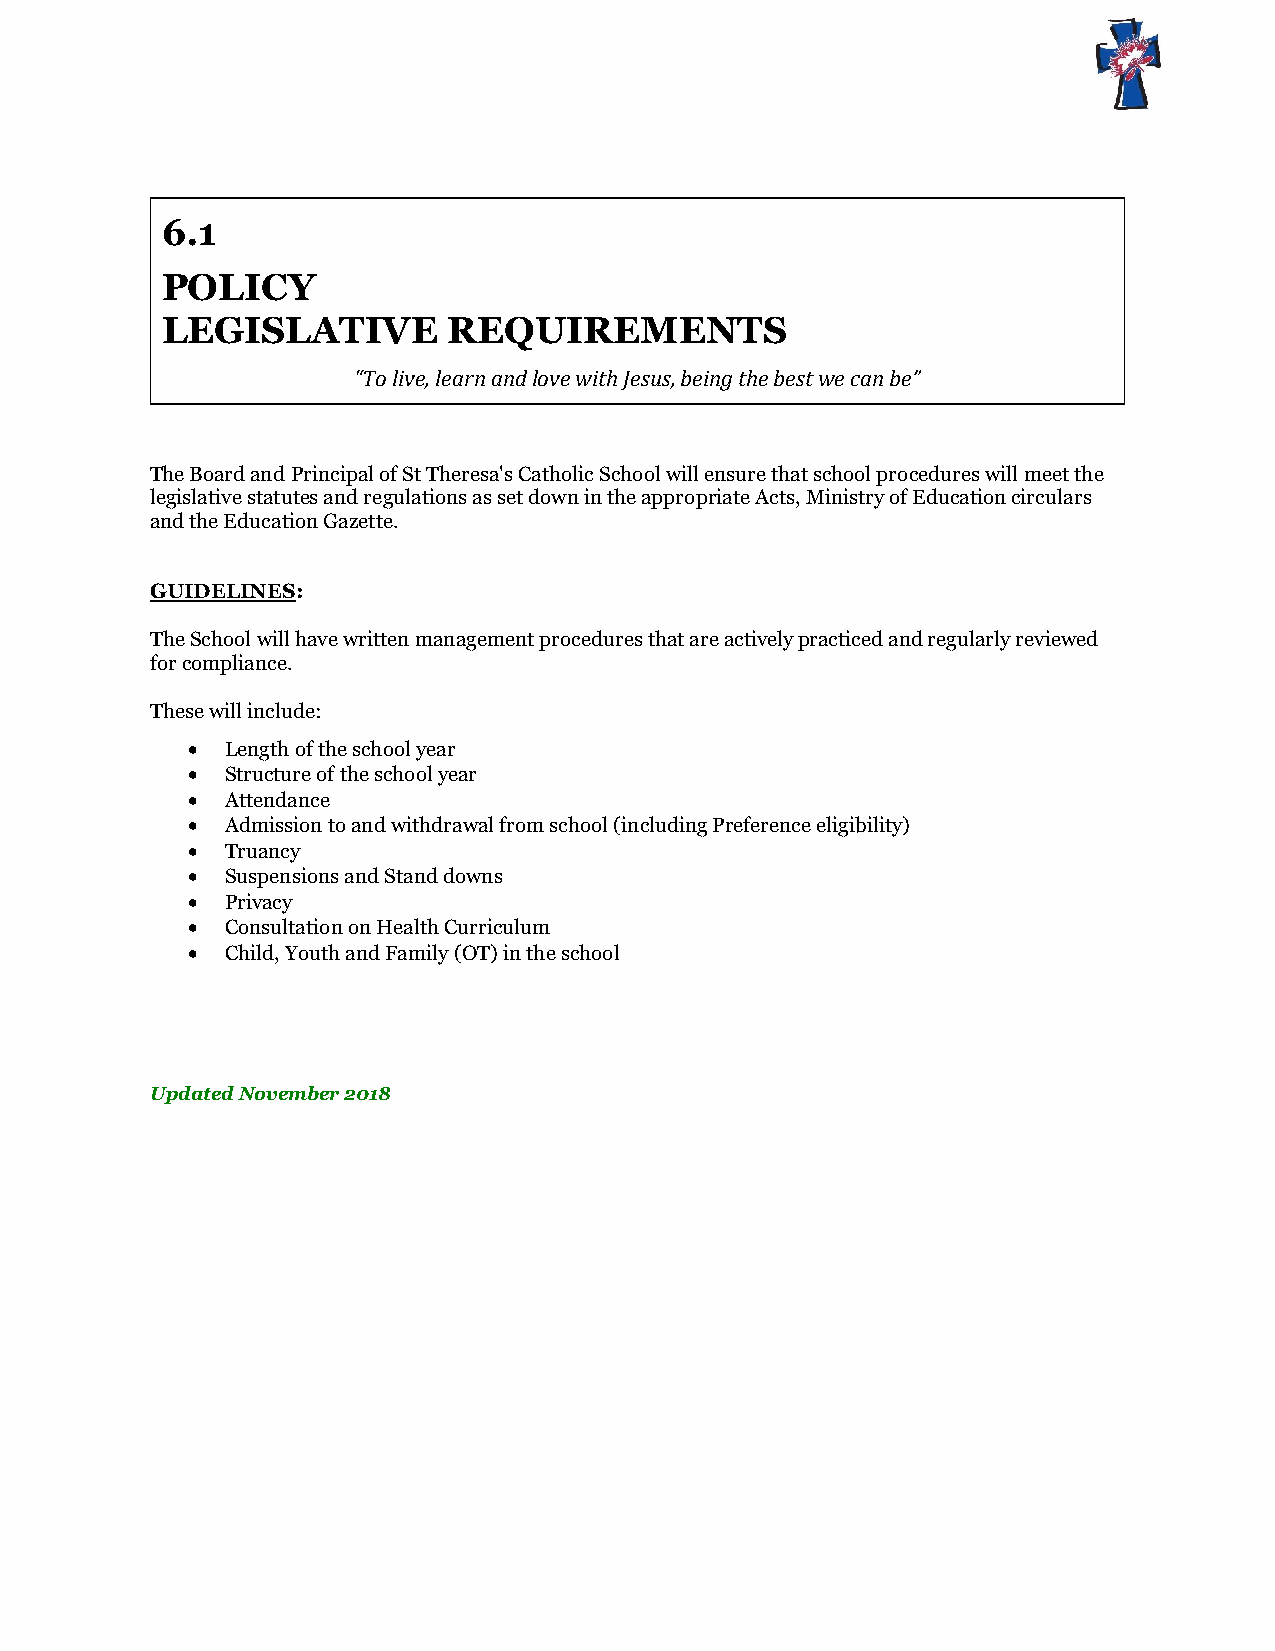
6.1
 POLICY
 LEGISLATIVE        REQUIREMENTS
 “To live, learn and love with Jesus, being the best we can be”
 The Board and Principal of St Theresa's Catholic School will ensure that school procedures will meet the
 legislative statutes and regulations as set down in the appropriate Acts, Ministry of Education circulars
 and the Education Gazette.
 GUIDELINES:
 The School will have written management procedures that are actively practiced and regularly reviewed
 for compliance.
 These will include:
   Length of the school year
   Structure of the school year
   Attendance
   Admission to and withdrawal from school (including Preference eligibility)
   Truancy
   Suspensions and Stand downs
   Privacy
   Consultation on Health Curriculum
   Child, Youth and Family (OT) in the school
 Updated November 2018